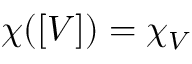
\chi ( [ V ] ) = \chi _ { V }